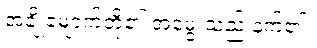
အချို့မျောက်တို့၏ အမွေးသည် နက်၏။